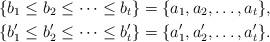
LaTeX: \begin{align*}\{b_1 \leq b_2 \leq \cdots \leq b_t\} & = \{a_1, a_2, \dotsc, a_t\},\\ \{b'_1 \leq b'_2 \leq \cdots \leq b'_t\} & = \{a'_1, a'_2, \dotsc, a'_t\}.\end{align*}